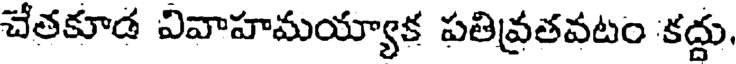
చేతకూడ వివాహమయ్యాక పతివ్రతవటం కద్దు,